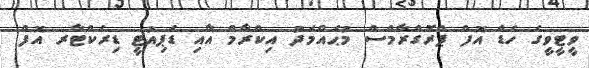
ވީޓީވީގެ ހެޑް އޮފް ޕްރޮގްރާމްސް މުޙައްމަދު އިކްރާމް އާއި ޑެޕިއުޓީ ޑިރެކްޓާރ އޮފް